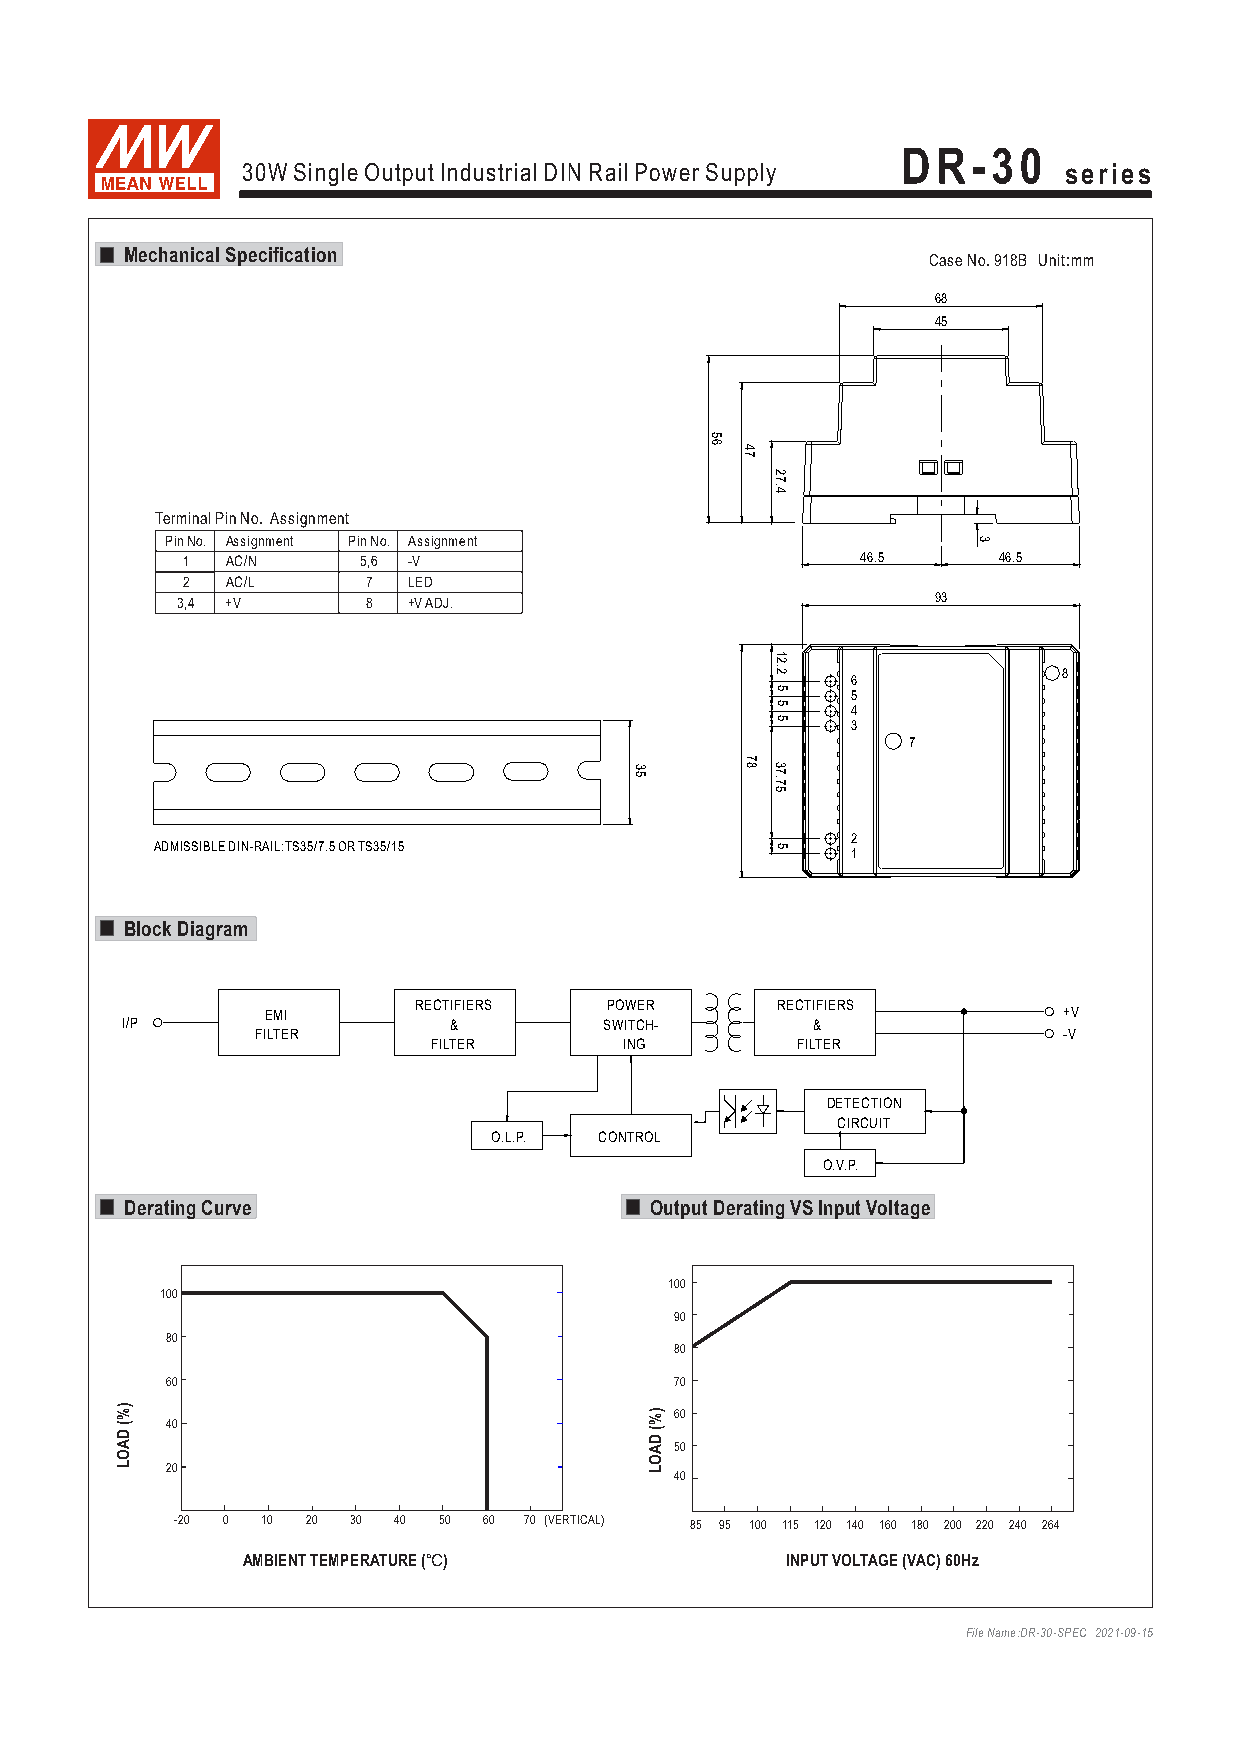
DR-30
 30W Single Output Industrial DIN Rail Power Supply    series
 Mechanical Specification
 Case No. 918B Unit:mm
 68
 45
 Terminal Pin No. Assignment
 Pin No. Assignment Pin No. Assignment
 1  AC/N     5,6 -V                           46.5     46.5
 2  AC/L     7  LED
 3,4 +V      8  +VADJ.                             93
 8
 6
 5
 4
 3
 7
 2
 ADMISSIBLE DIN-RAIL:TS35/7.5 ORTS35/15        1
 Block Diagram
 RECTIFIERS   POWER      RECTIFIERS
 EMI                                                 +V
 I/P                   &         SWITCH-       &
 FILTER                                               -V
 FILTER       ING         FILTER
 DETECTION
 CIRCUIT
 O.L.P.  CONTROL
 O.V.P.
 Derating Curve                     Output Derating VS Input Voltage
 100
 100
 90
 80
 80
 60                                70
 LOAD
 (%)
 24 00
 LOAD
 (%) 6
 5
 40
 0
 0
 -20 0 10 20 30 40 50 60 70 (VERTICAL) 85 95 100 115 120 140 160 180 200 220 240 264
 AMBIENT TEMPERATURE (℃)             INPUT VOLTAGE (VAC) 60Hz
 File Name:DR-30-SPEC 2021-09-15
 35
 56
 47
 78
 27.4
 12.2
 5
 5
 5
 37.75
 5
 3